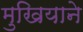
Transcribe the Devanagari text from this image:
मुखियाने